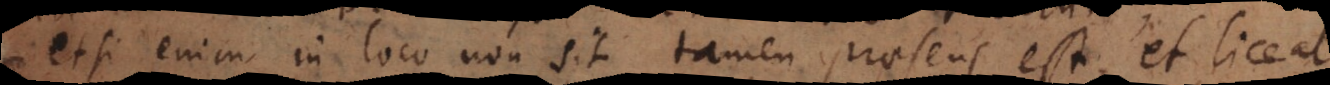
etsi enim in loco non sit tamen praesens est, et liceat